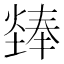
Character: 㷯